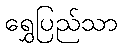
ရွှေပြည်သာ